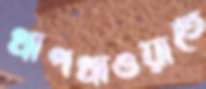
খাপখাওয়াতে